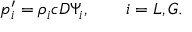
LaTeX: p _ { i } ^ { \prime } = \rho _ { i } c D \Psi _ { i } , \qquad i = L , G .